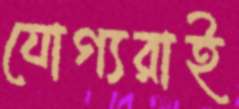
যোগ্যরাই